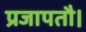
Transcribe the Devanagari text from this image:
प्रजापतौ।